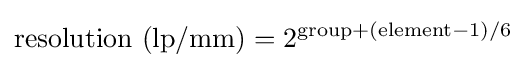
{\text{resolution (lp/mm)}}=2^{{\text{group}}+({\text{element}}-1)/6}